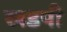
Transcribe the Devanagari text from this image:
खडपी